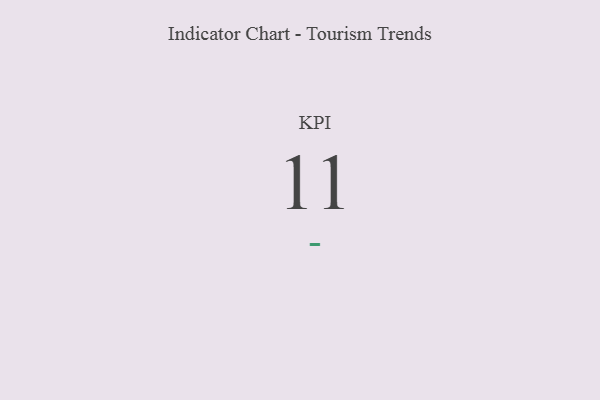
{"axis": {"x": "KPI", "y": "Value"}, "legend": [""], "data": [{"x": "KPI", "y": 11, "type": ""}]}